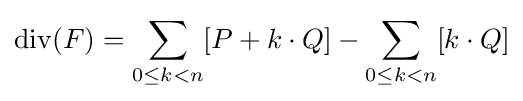
\mathrm {div} (F)=\sum _{0\leq k<n}[P+k\cdot Q]-\sum _{0\leq k<n}[k\cdot Q]